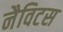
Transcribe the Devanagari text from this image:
नैविटस